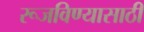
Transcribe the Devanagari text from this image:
रूजविण्यासाठी